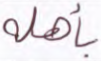
بأهله